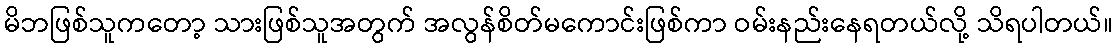
မိဘဖြစ်သူကတော့ သားဖြစ်သူအတွက် အလွန်စိတ်မကောင်းဖြစ်ကာ ဝမ်းနည်းနေရတယ်လို့ သိရပါတယ်။